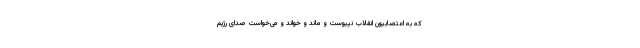
که به اعتصابیون انقلاب نپیوست و ماند و خواند و می‌خواست صدای رژیمِ